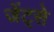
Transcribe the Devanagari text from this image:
जेंट्से